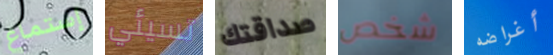
إستماع تسيئي صداقتك شخص أغراضه